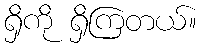
ရှိကို ရှိကြတယ်။